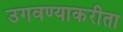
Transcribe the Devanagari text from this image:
उगवण्याकरीता